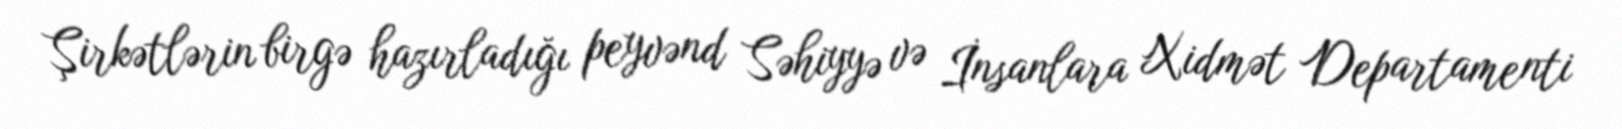
Şirkətlərin birgə hazırladığı peyvənd Səhiyyə və İnsanlara Xidmət Departamenti